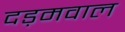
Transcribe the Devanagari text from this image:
दड़मवाल